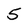
Character: 5